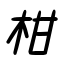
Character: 柑